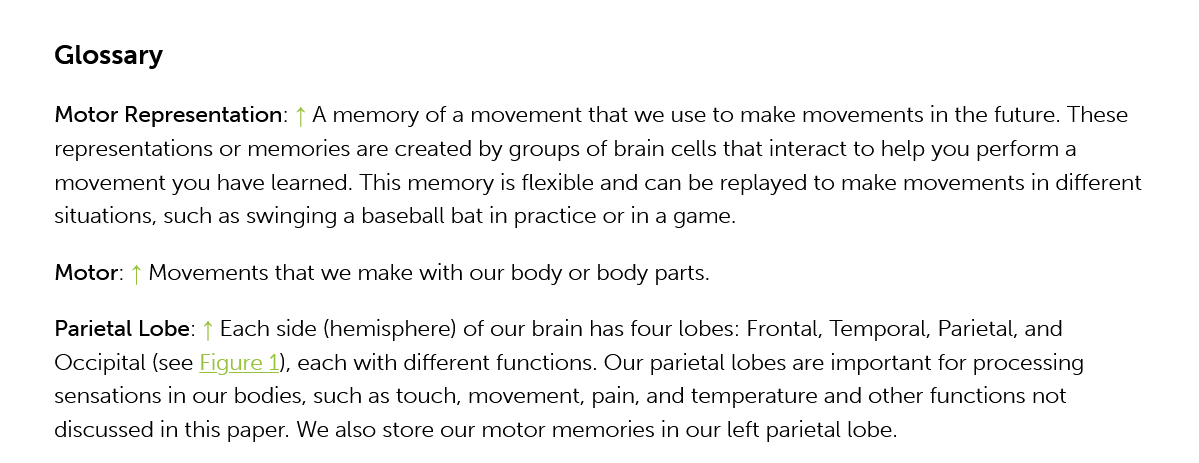
Glossary
     Motor Representation: + A memory of a movement that we use to make movements in the future. These
     representations or memories are created by groups of brain cells that interact to help you perform a
     movement you   have learned. This memory is flexible and can be replayed to make movements in different
     situations, such as swinging a baseball bat in practice or in a game.
     Parietal Lobe: } Each side (hemisphere) of our brain has four lobes: Frontal, Temporal, Parietal, and
     Occipital (see Figure 1), each with different functions. Our parietal lobes are important for processing
     sensations in our bodies, such as touch, movement, pain, and temperature and other functions not
     discussed in this paper. We also store our motor memories in our left parietal lobe.
     Motor: | Movements  that we make with our body or body parts.